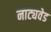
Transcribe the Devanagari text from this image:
नाट्यवेड